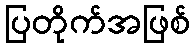
ပြတိုက်အဖြစ်